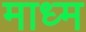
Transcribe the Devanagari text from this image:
माध्म